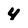
Character: 4